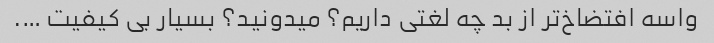
واسه افتضاخ‌تر از بد چه لغتی داریم؟ میدونید؟ بسیار بی کیفیت ….